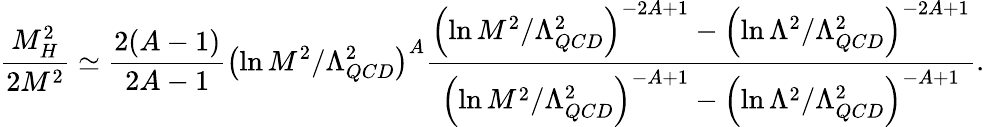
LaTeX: \frac{M_{H}^{2}}{2M^{2}}\simeq\frac{2(A-1)}{2A-1}\left(\ln M^{2}/\Lambda_{QCD}^{2}\right)^{A}\frac{\left(\ln M^{2}/\Lambda_{QCD}^{2}\right)^{-2A+1}-\left(\ln\Lambda^{2}/\Lambda_{QCD}^{2}\right)^{-2A+1}}{\left(\ln M^{2}/\Lambda_{QCD}^{2}\right)^{-A+1}-\left(\ln\Lambda^{2}/\Lambda_{QCD}^{2}\right)^{-A+1}}.